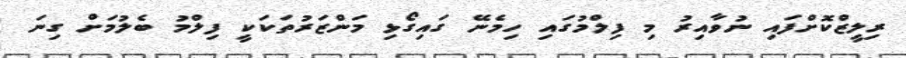
ރިލީޒްކޮށްފައި ނުވާއިރު މި ފިލްމުގައި ހިމެނޭ ގައިގޯޅި މަންޒަރުތަކަކީ ފިލްމު ބެލުމަށް ގިނަ